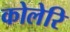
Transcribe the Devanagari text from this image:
कोलेरि